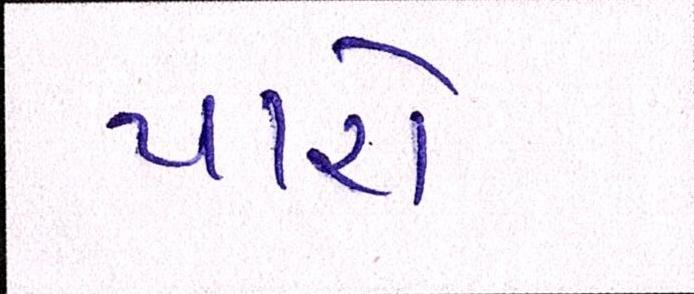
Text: પારો